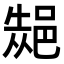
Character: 𮟾